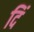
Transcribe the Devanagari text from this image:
दिं